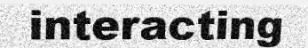
interacting